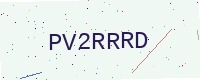
Text: PV2RRRD